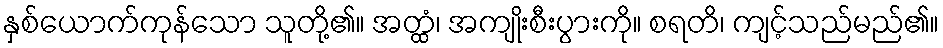
နှစ်ယောက်ကုန်သော သူတို့၏။ အတ္ထံ၊ အကျိုးစီးပွားကို။ စရတိ၊ ကျင့်သည်မည်၏။